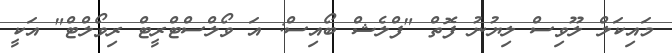
މައިކަލް ލޫވިސް ލިޔުނު ފޮތް "ފްލެޝް ބޯއިސް: އަ ވޯލްސްޓްރީޓް ރިވޯލްޓް" އަކީ